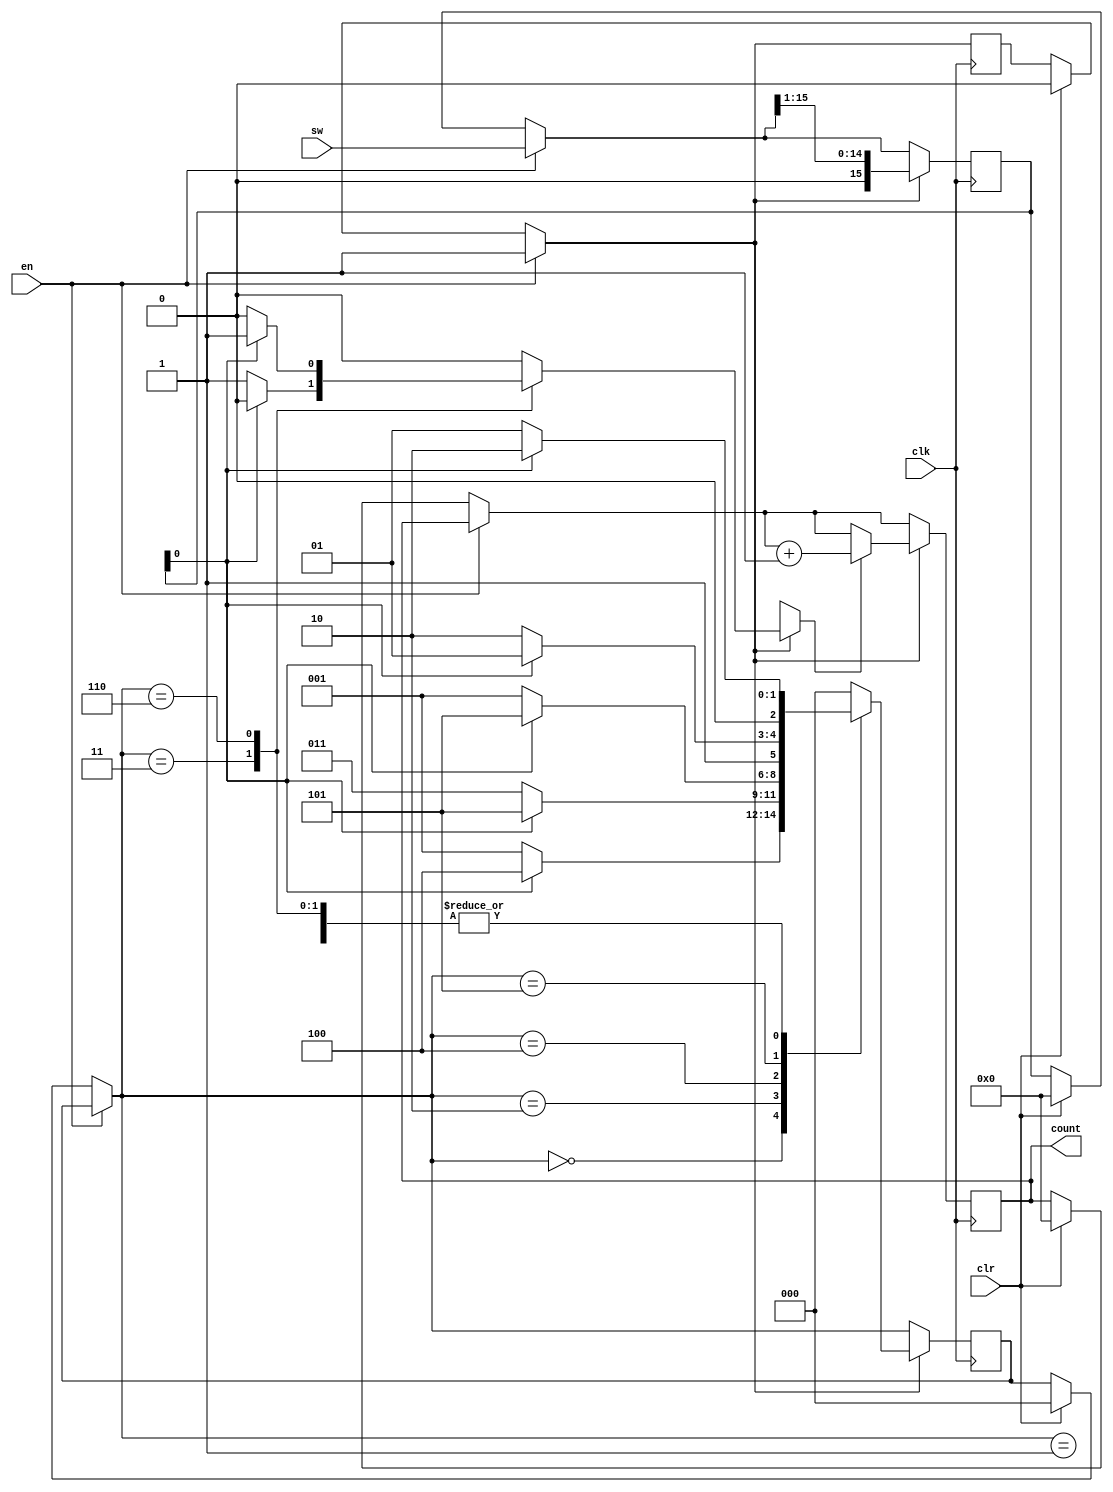
`timescale 1ns / 1ps

module stringreco_wfs (
    input clk,
    input clr,
    input en,
    input [15:0] sw,
    output [15:0] count
);

    reg [15:0] cnt;
    reg [15:0] num;
    reg [2:0] state;
    reg running;
    reg add;
    wire b;
    assign b = num[0:0];
    always @(posedge clk) begin
        /* running state change */
        if (en) begin
            num = sw;
            running = 1;
        end
        else if (clr) begin
            num = 0;
            cnt = 0;
            state = 0;
            running = 0;
        end
        /* running */
        if (running) begin
            num = num >> 1;
            /* FSM, Mealy Machine */
            case (state)
                0: begin state = ~b ? 1 : 4; add = ~b ? 0 : 0; end
                1: begin state = ~b ? 1 : 2; add = ~b ? 0 : 0; end
                2: begin state = ~b ? 3 : 5; add = ~b ? 0 : 0; end
                3: begin state = ~b ? 1 : 2; add = ~b ? 1 : 0; end
                4: begin state = ~b ? 1 : 5; add = ~b ? 0 : 0; end
                5: begin state = ~b ? 6 : 5; add = ~b ? 0 : 0; end
                6: begin state = ~b ? 1 : 2; add = ~b ? 0 : 1; end
                default: begin state = 0; add = 0; end
            endcase
            if (add)
                cnt = cnt + 1;
        end
    end
    assign count = cnt;
endmodule